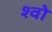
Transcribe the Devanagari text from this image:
श्वो